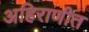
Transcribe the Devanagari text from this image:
अहिराणीत